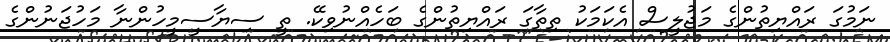
ނަމުގަ ރައްޔިތުންގެ މަޖުލީސް އެކަމަކު ތިތާގަ ރައްޔިތުންގެ ބަހެއްނުވިކޭ. ތީ ސިޔާސީމީހުންނާ މަހުޖަނުންގެ